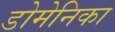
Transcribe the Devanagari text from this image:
डोमेनिका